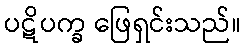
ပဋိပက္ခ ဖြေရှင်းသည်။